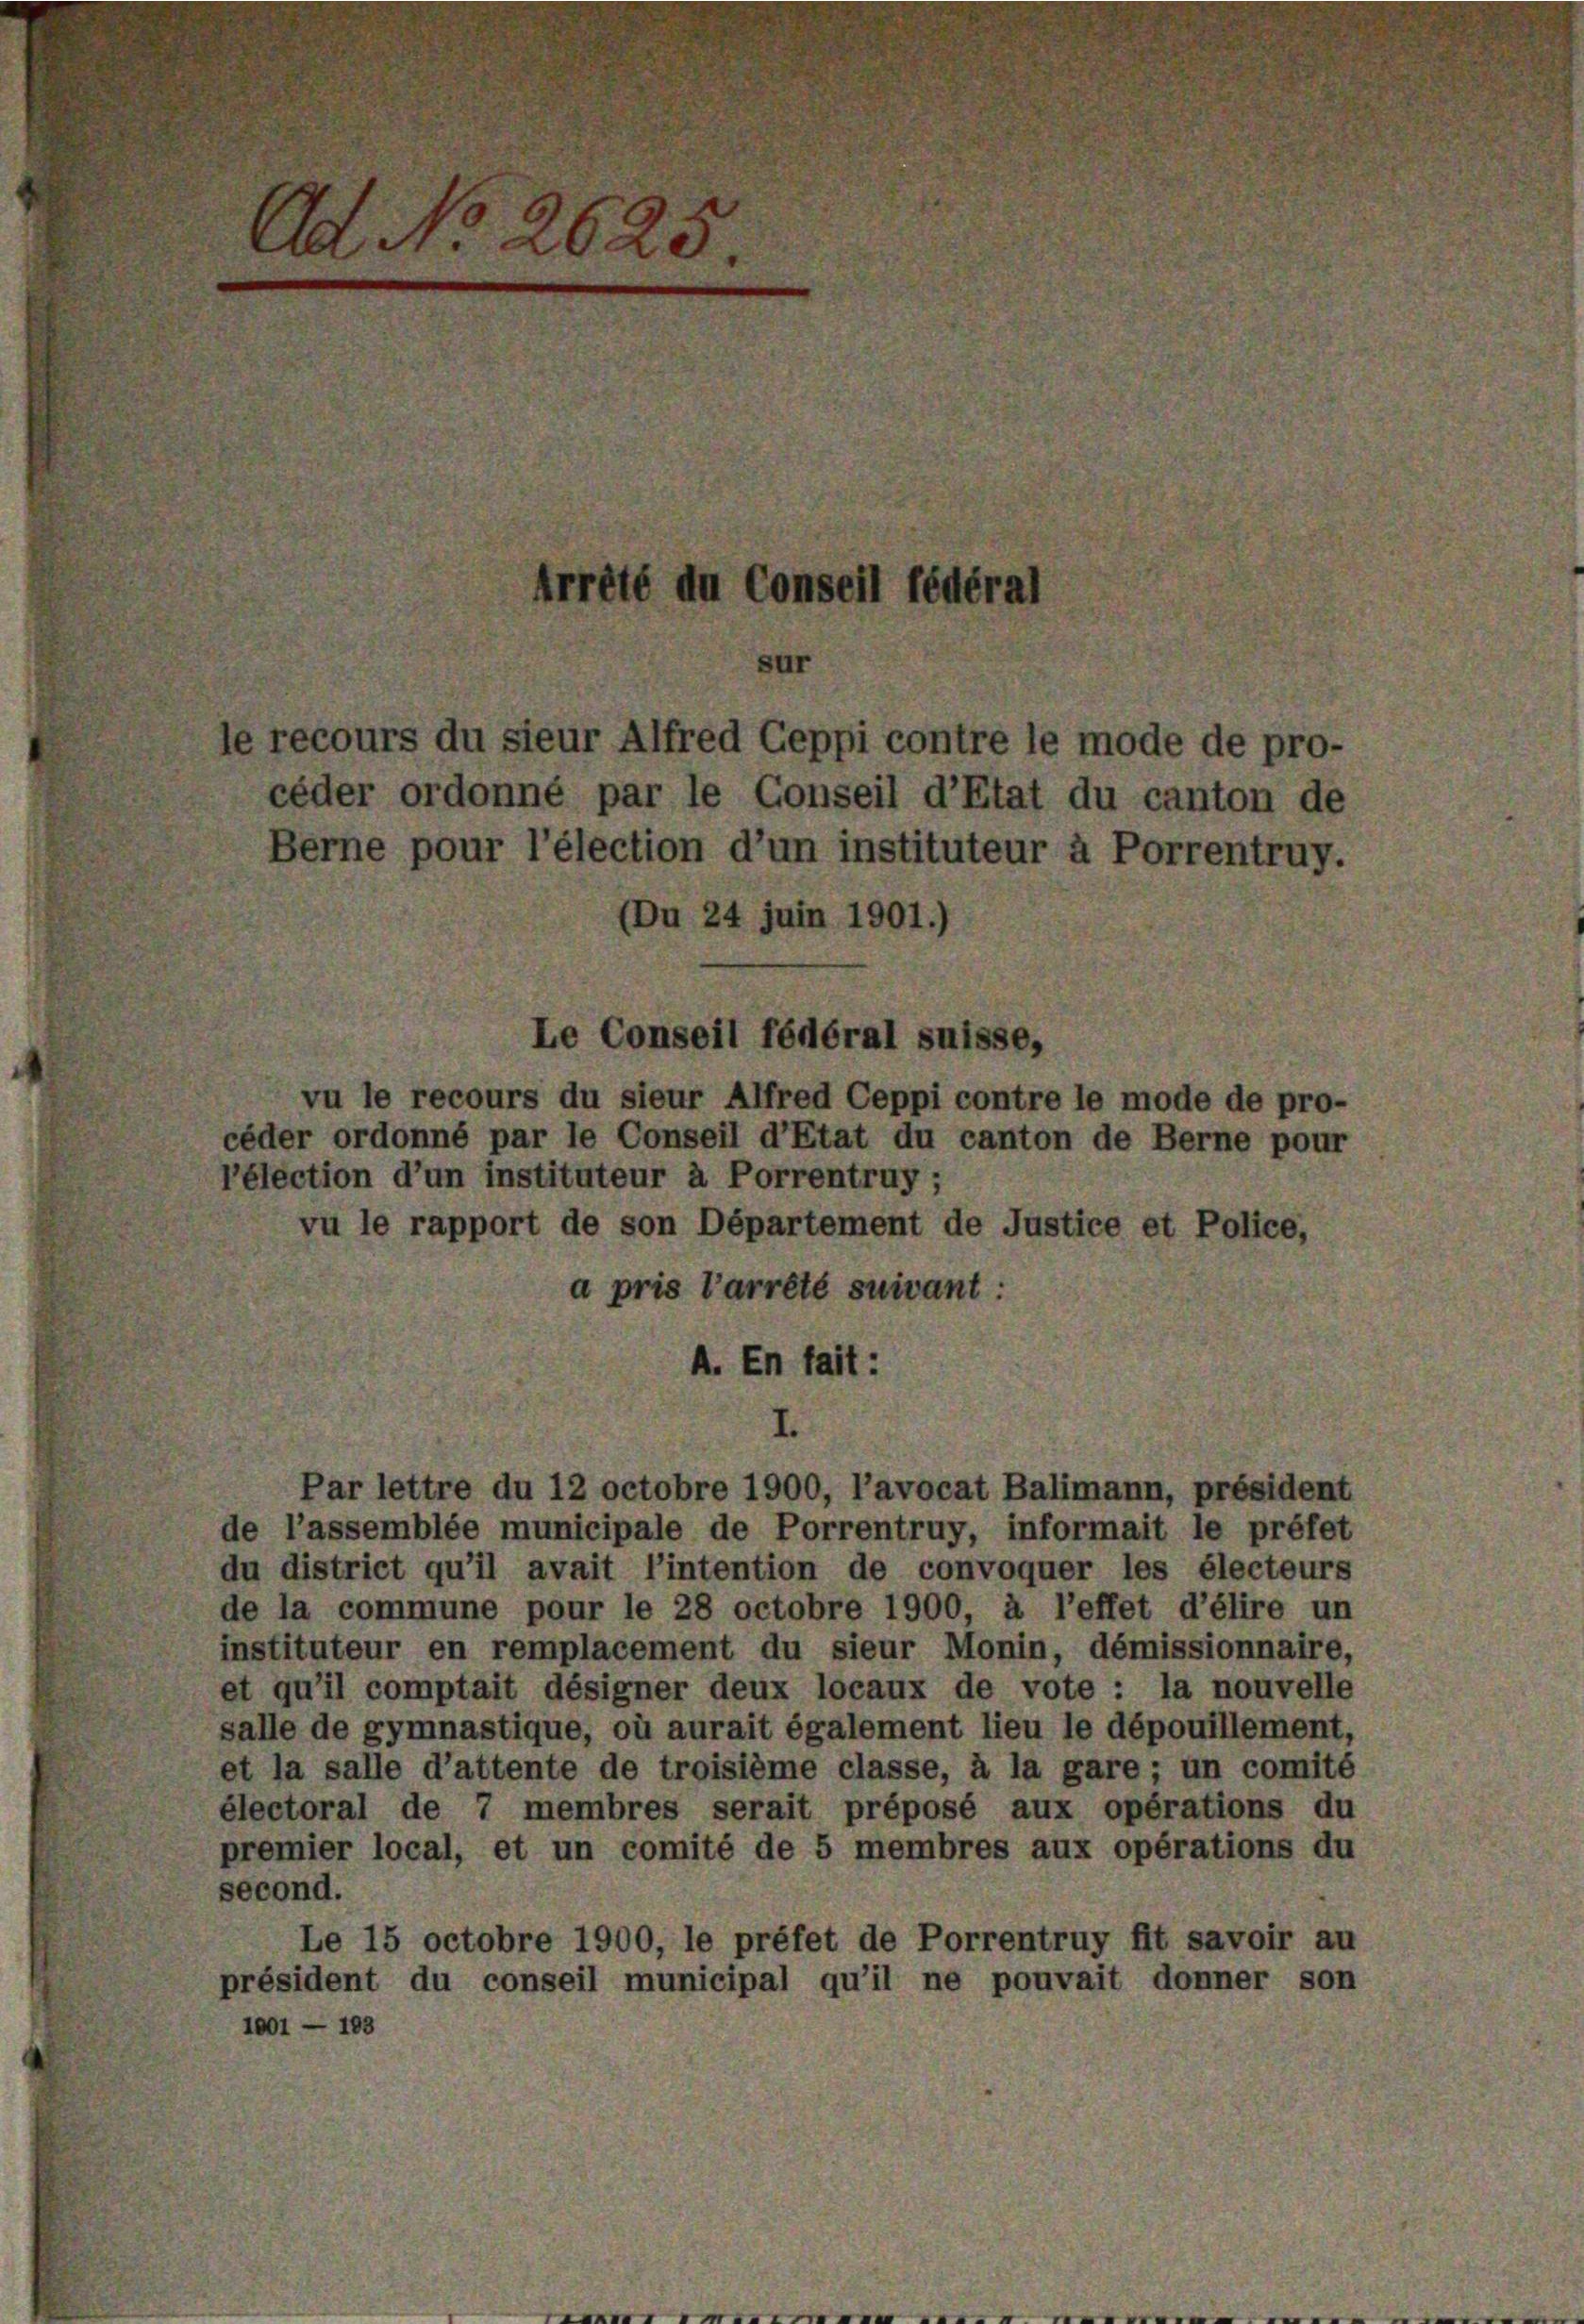
Ad No 2625

rété du Conseil fédéral
le recours du sieur Alfred Ceppi contre le mode de pro-
céder ordonné par le Conseil d’Etat du canton de
Berne pour l’élection d’un instituteur à Porrentruy.
Du 24 Juin 1901.)
Le Conseil fédéral suisse,

vu le recours du sieur Alfred Ceppi contre le mode de pro-
céder ordonné par le Conseil d’Etat du canton de Berne pour
élection d’un instituteur à Porrentruy;
vu le rapport de son Département de Justice et Police,
a pris l’arrêté suivant :
A. En fait :

de l’assemblée municipale de Porrentruy, informait le préfet
du district qu’il avait l’intention de convoquer les électeurs
de la commune pour le 28 octobre 1900 à l’effet d’élire un
instituteur en remplacement du sieur Monin, démissionnaire,
et qu’il comptait désigner deux locaux de vote : la nouvelle
salle de gymnastique, où aurait également lieu le dépouillement,
et la salle d’attente de troisième classe, à la gare; un comité
électoral de 7 membres serait préposé aux opérations du
premier local, et un comité de 5 membres aux opérations du
second.
Le 15 octobre 1900, le préfet de Porrentruy fit savoir au
président du conseil municipal qu’il ne pouvait donner son
1001 — 103

Par lettre du 12 octobre 1900, l’avocat Balimann, président